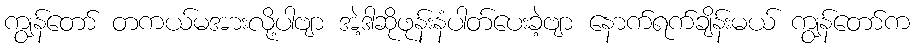
ကျွန်တော် တကယ်မအားလို့ပါဗျာ အဲ့ဒါဆိုဖုန်းနံပါတ်ပေးခဲ့ဗျာ နောက်ရက်ချိန်းမယ် ကျွန်တော်က